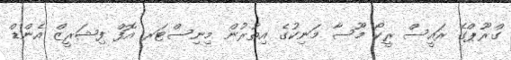
ގްރޫޕްގެ ރައީސް ރީކޯ މޫސާ މަނިކުގެ އިތުރުން މިނިސްޓަރ އޮފް ފިޝަރީޒް އެންޑް